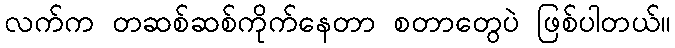
လက်က တဆစ်ဆစ်ကိုက်နေတာ စတာတွေပဲ ဖြစ်ပါတယ်။